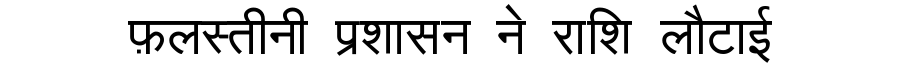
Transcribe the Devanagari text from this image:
फ़लस्तीनी प्रशासन ने राशि लौटाई